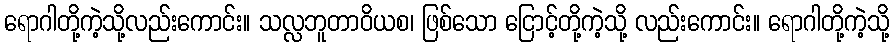
ရောဂါတို့ကဲ့သို့လည်းကောင်း။ သလ္လဘူတာဝိယစ၊ ဖြစ်သော ငြောင့်တို့ကဲ့သို့ လည်းကောင်း။ ရောဂါတို့ကဲ့သို့